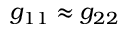
g _ { 1 1 } \approx g _ { 2 2 }